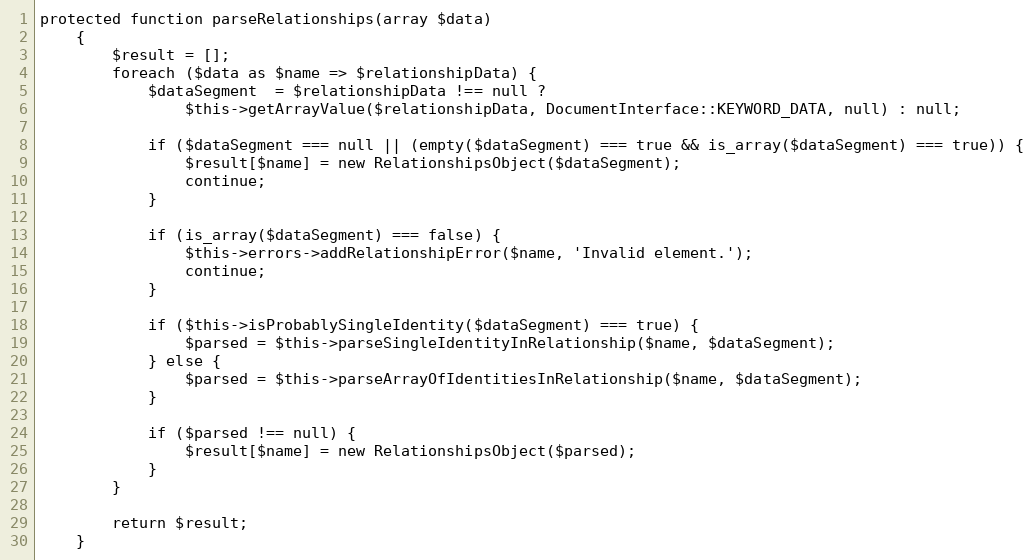
Language: PHP
protected function parseRelationships(array $data)
    {
        $result = [];
        foreach ($data as $name => $relationshipData) {
            $dataSegment  = $relationshipData !== null ?
                $this->getArrayValue($relationshipData, DocumentInterface::KEYWORD_DATA, null) : null;

            if ($dataSegment === null || (empty($dataSegment) === true && is_array($dataSegment) === true)) {
                $result[$name] = new RelationshipsObject($dataSegment);
                continue;
            }

            if (is_array($dataSegment) === false) {
                $this->errors->addRelationshipError($name, 'Invalid element.');
                continue;
            }

            if ($this->isProbablySingleIdentity($dataSegment) === true) {
                $parsed = $this->parseSingleIdentityInRelationship($name, $dataSegment);
            } else {
                $parsed = $this->parseArrayOfIdentitiesInRelationship($name, $dataSegment);
            }

            if ($parsed !== null) {
                $result[$name] = new RelationshipsObject($parsed);
            }
        }

        return $result;
    }